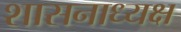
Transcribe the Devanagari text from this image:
शासनाध्‍यक्ष